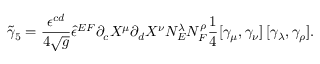
{ \tilde { \gamma } _ { 5 } } = { \frac { \epsilon ^ { c d } } { 4 \sqrt { g } } } { \hat { \epsilon } ^ { E F } } \partial _ { c } X ^ { \mu } \partial _ { d } X ^ { \nu } N _ { E } ^ { \lambda } N _ { F } ^ { \rho } \frac 1 4 [ \gamma _ { \mu } , \gamma _ { \nu } ] \, [ \gamma _ { \lambda } , \gamma _ { \rho } ] .